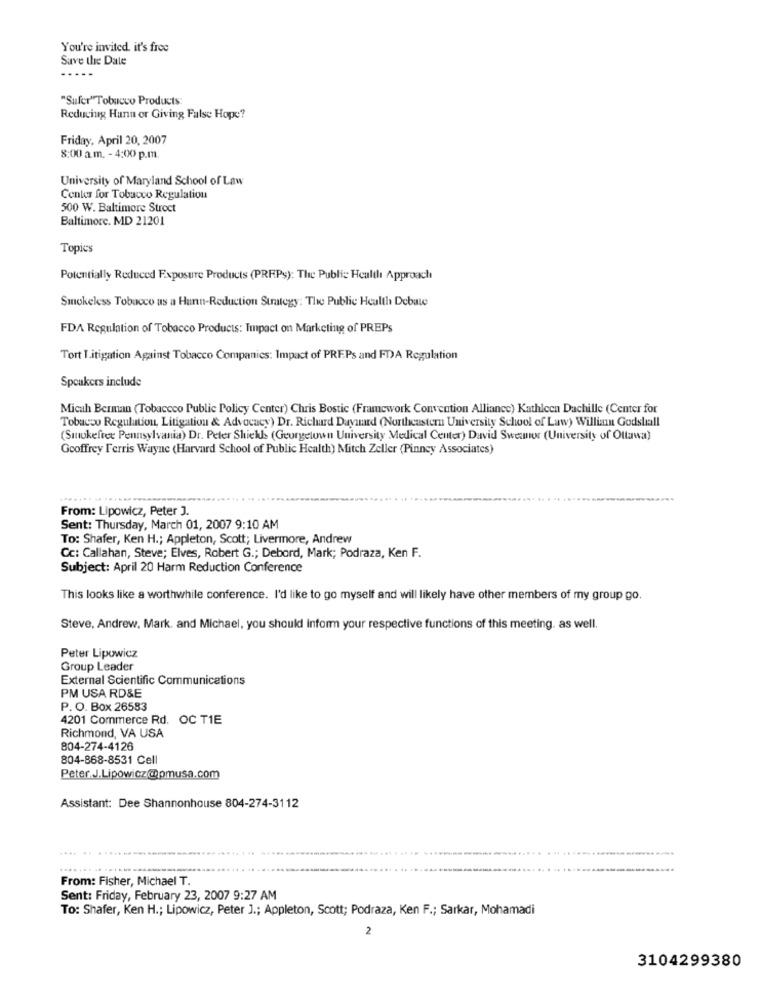
You're invited it's free
Save the Date
"Sufer"Tobacco Products:
Reducing Hann or Giving False Hope?
Friday, April 20, 2007
8:00 a.m. - 4:00 p.m.
University of Maryland School of Law
Center for Tobacco Regulation
500 W. Baltimore Stroct
Baltimore, MD 21201
Topics
Potentially Reduced Exposure Products (PREPs): The Public Health Approach
Smokeless Tobacco as a Hunn-Reduction Strategy: The Public Health Debate
FDA Regulation of Tobacco Products: Impact on Marketing of PREPs
Tort Litigation Against Tobacco Companies: Impact of PREPs and FDA Regulation
Speakers include
Micah Berman (Tobaccco Public Policy Center) Chris Bostic (Framework Convention Alliance) Kathleen Dachille (Center for
Tobacco Regulation, Litigation & Advocacy) Dr. Richard Dayuard (Northeastern University School of Law) Willian Godshall
(Smokefree Pennsylvania) Dr. Peter Shieks (Georgetown University Medical Center) David Sweamor (University of Ottawa)
Geoffrey Ferris Wayne (Harvard School of Public Health) Mitch Zeller (Pinney Associates)
From: Lipowicz, Peter J.
Sent: Thursday, March 01, 2007 9:10 AM
To: Shafer, Ken H .; Appleton, Scott; Livermore, Andrew
Cc: Callahan, Steve; Elves, Robert G .; Debord, Mark; Podraza, Ken F.
Subject: April 20 Harm Reduction Conference
This looks like a worthwhile conference. I'd like to go myself and will likely have other members of my group go.
Steve, Andrew, Mark. and Michael, you should inform your respective functions of this meeting. as well.
Peter Lipowicz
Group Leader
External Scientific Communications
PM USA RD&E
P. O. Box 26583
4201 Commerce Rd. OC TIE
Richmond, VA USA
804-274-4126
804-868-8531 Cell
Peter J.Lipowicz@pmusa.com
Assistant: Dee Shannonhouse 804-274-3112
...... ............................
From: Fisher, Michael T.
Sent: Friday, February 23, 2007 9:27 AM
To: Shafer, Ken H .; Lipowicz, Peter J .; Appleton, Scott; Podraza, Ken F .; Sarkar, Mohamadi
2
3104299380